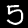
Label: 5